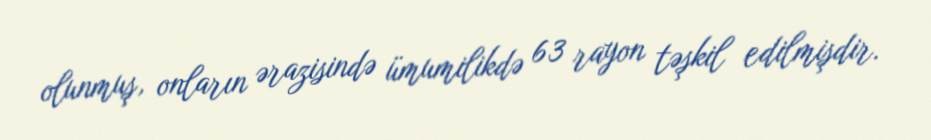
olunmuş, onların ərazisində ümumilikdə 63 rayon təşkil edilmişdir.